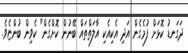
ދަގަނޑު ކޮޅަށް ފުމެގެން އަދި އެކިއެކި އާލަތްތައް ބޭނުން ކޮށްގެން" ކެވިން ބުންޏެވެ.